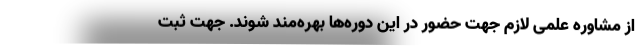
از مشاوره علمی لازم جهت حضور در این دوره‌ها بهره‌مند شوند. جهت ثبت